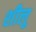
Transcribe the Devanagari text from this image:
शीलू